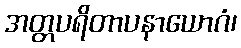
အတ္တပရိတာပနာယောဂံ၊